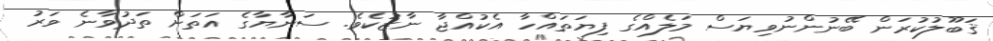
ޤަބޫލުކުރަން ބޭނުންނުވިޔަސް މަލެއްގެ ފިޔަތައްހާ އެކުއްޖާ ނާޒުކެވެ. ސަނާޔާގެ އަތަށް ތަދުވާނެ ވަރު